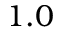
1 . 0